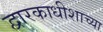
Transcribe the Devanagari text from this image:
द्वारकाधीशाच्या